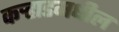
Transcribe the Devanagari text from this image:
कर्‍हाडमधील